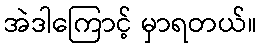
အဲဒါကြောင့် မှာရတယ်။